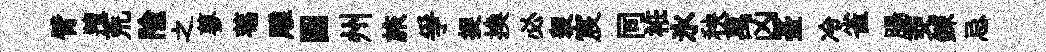
臂羶荒隃之蓼菴雕圓州旅爭捉換必袈宸同袵氷秧萬凶䑓冷雀腸茭錬忌